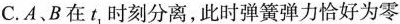
C.A、B在t，时刻分离，此时弹簧弹力恰好为零